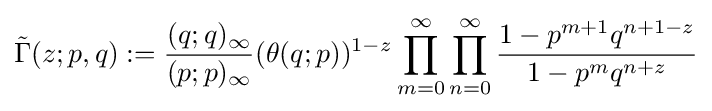
{\tilde {\Gamma }}(z;p,q):={\frac {(q;q)_{\infty }}{(p;p)_{\infty }}}(\theta (q;p))^{1-z}\prod _{m=0}^{\infty }\prod _{n=0}^{\infty }{\frac {1-p^{m+1}q^{n+1-z}}{1-p^{m}q^{n+z}}}